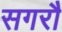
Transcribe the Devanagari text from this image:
सगरौ